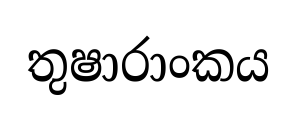
තුෂාරාංකය